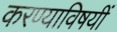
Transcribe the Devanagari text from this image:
करण्याविषयीं